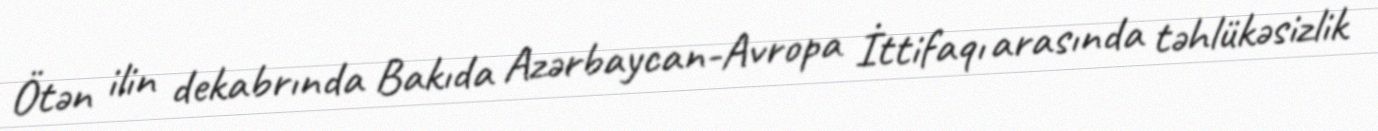
Ötən ilin dekabrında Bakıda Azərbaycan-Avropa İttifaqı arasında təhlükəsizlik